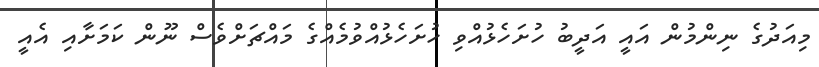
މިއަދުގެ ނިންމުން އައީ އަދީބު ހުށަހެޅުއްވި ހުށަހެޅުއްވުމެއްގެ މައްޗަށްވެސް ނޫން ކަމަށާއި އެއީ